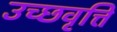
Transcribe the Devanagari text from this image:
उच्छवृत्ति